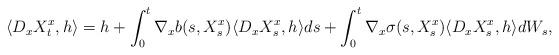
LaTeX: \begin{align*}\langle D_x X^x_t, h \rangle = h + \int_0^t \nabla_x b(s,X^x_s) \langle D_x X^x_s, h \rangle ds + \int_0^t \nabla_x \sigma(s,X^x_s) \langle D_x X^x_s, h \rangle dW_s,\end{align*}